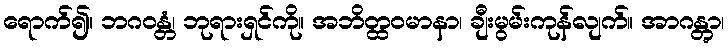
ရောက်၍။ ဘဂဝန္တံ၊ ဘုရားရှင်ကို။ အဘိတ္ထဝမာနာ၊ ချီးမွမ်းကုန်လျက်။ အာဂန္တွာ၊